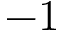
- 1